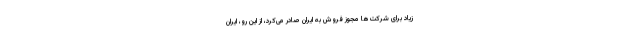
زیاد برای شرکت‌ها مجوز فروش به ایران صادر می‌کرد، از این رو، ایران